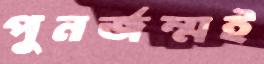
পুনর্জন্মই